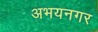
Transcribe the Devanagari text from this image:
अभयनगर